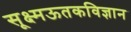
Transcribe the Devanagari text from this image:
सूक्ष्मऊतकविज्ञान